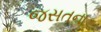
જસતના